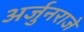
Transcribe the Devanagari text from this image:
अर्जुनराजे